Source: Handwritten
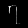
Digit: ၇ (7)